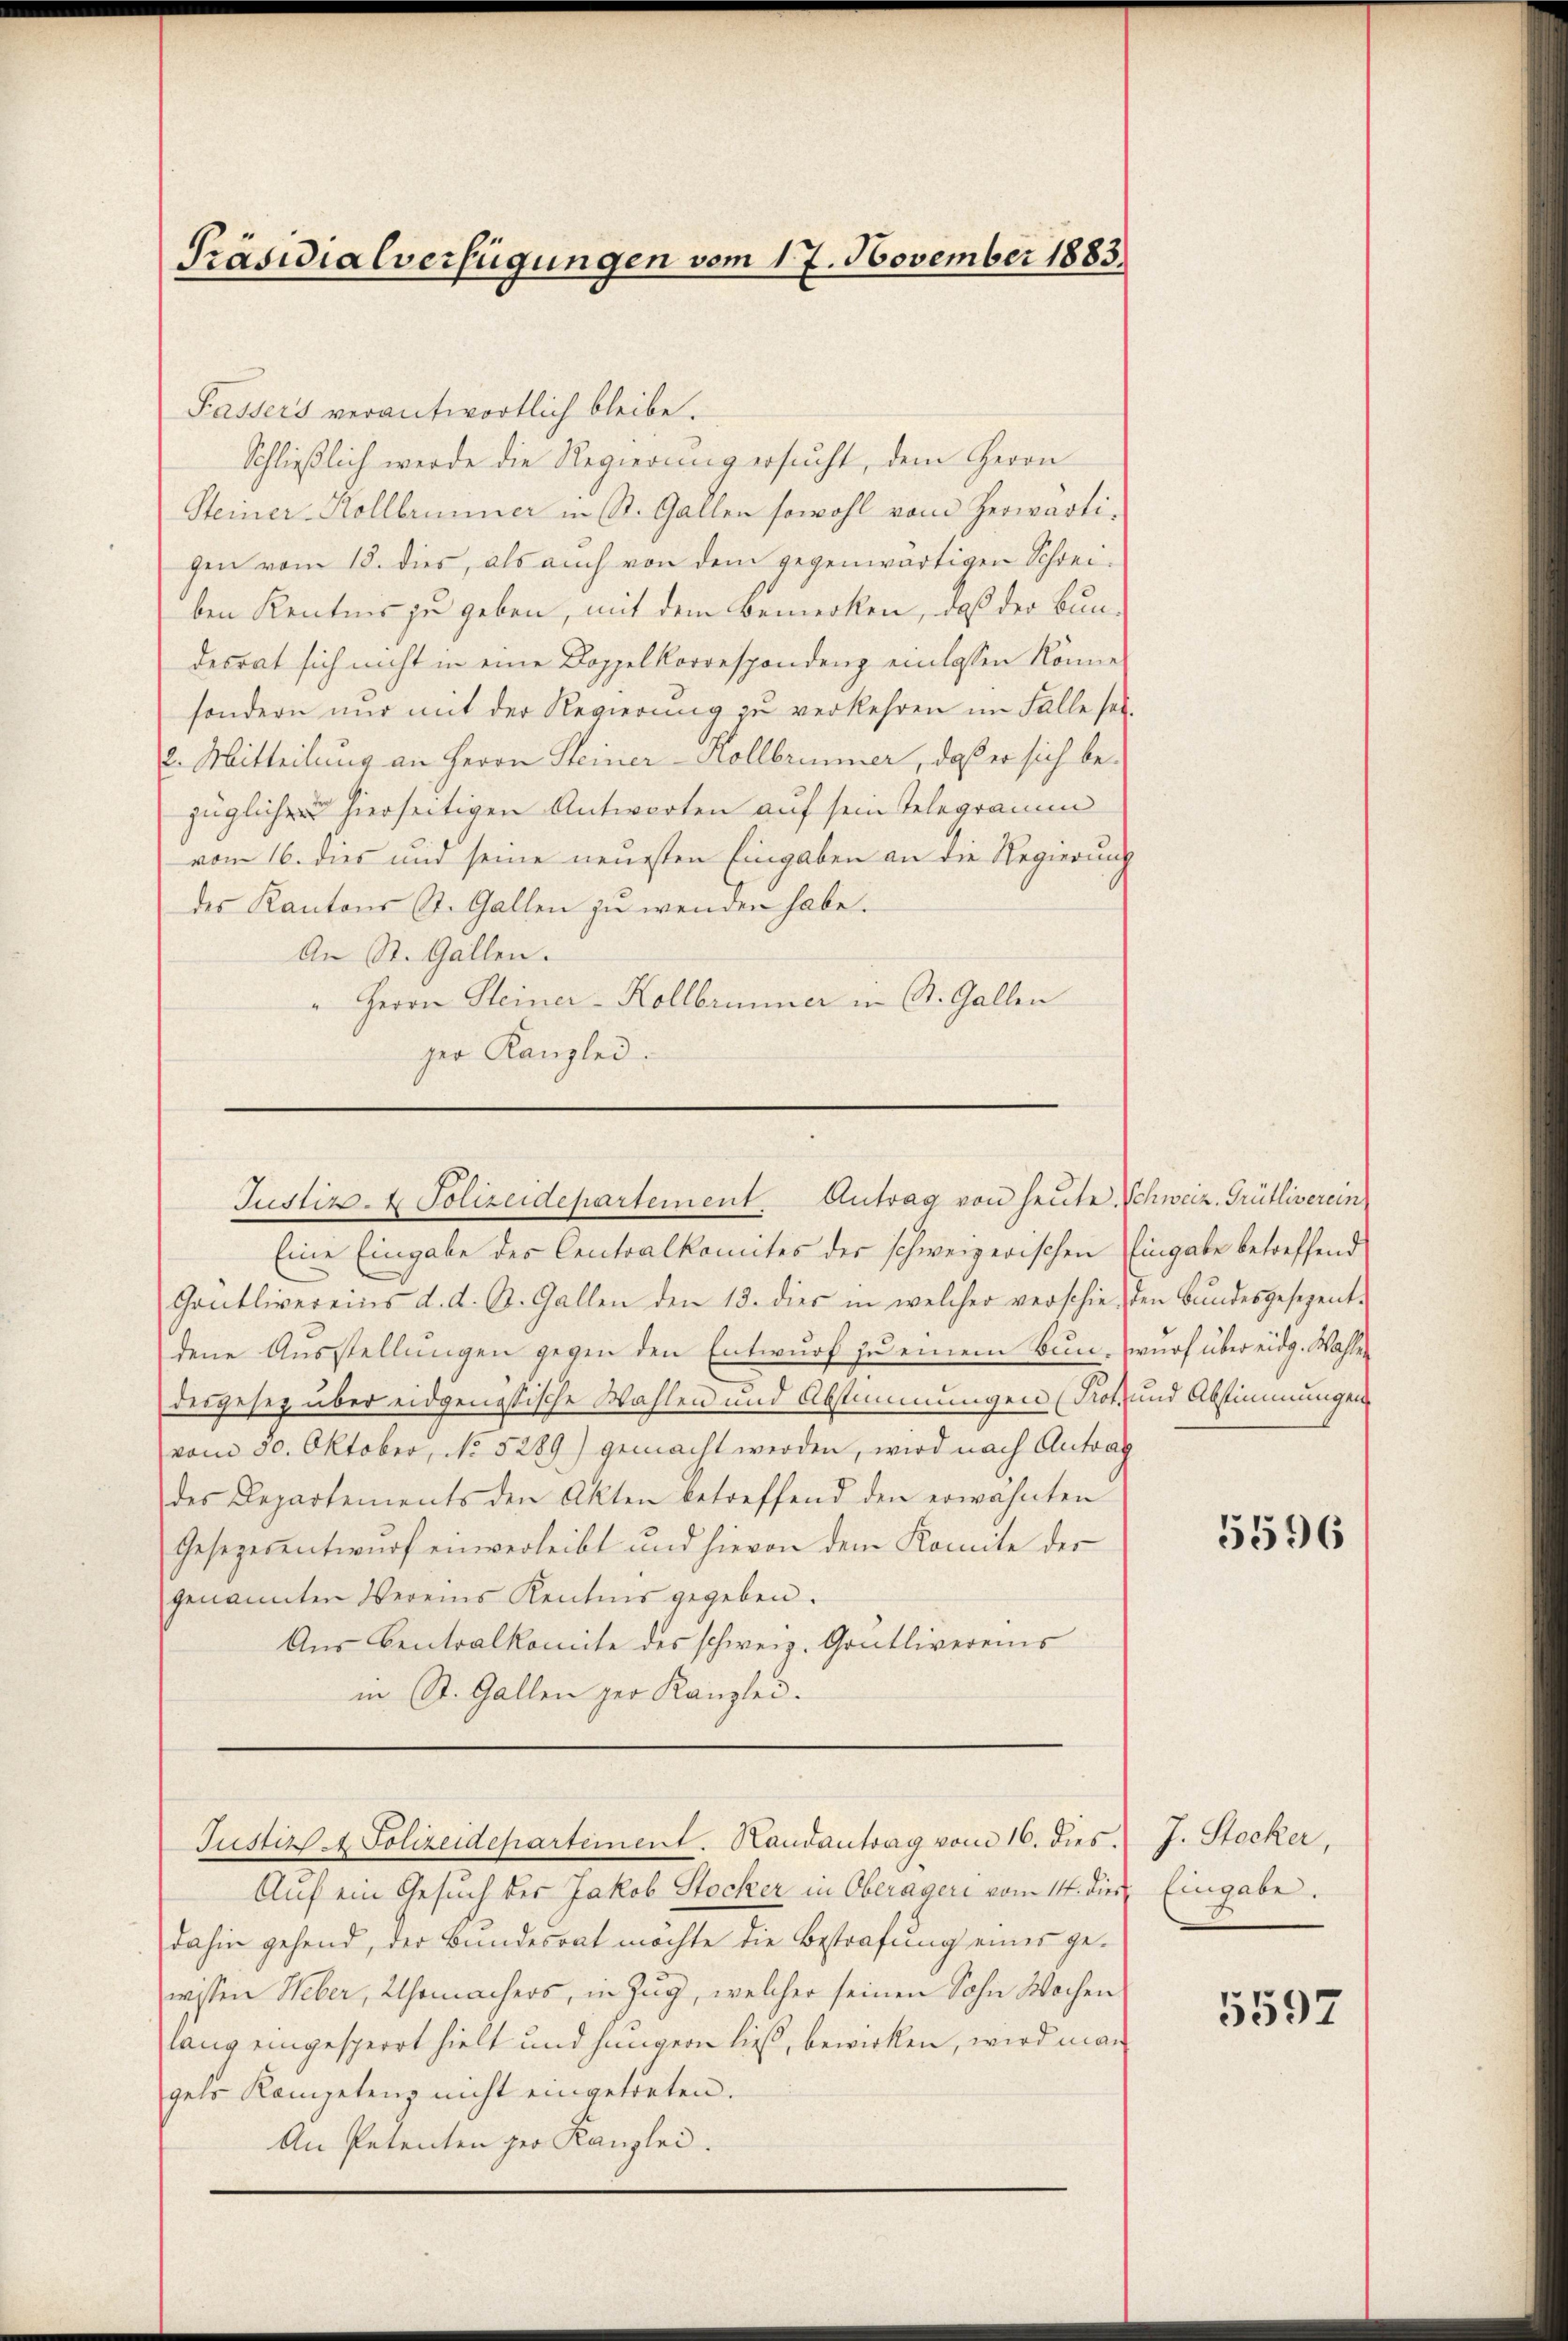
Präsidialverfügungen vom 17. November 1883

Passers verantwortlich bleibe.
Steiner-Kollbrunner in St. Gallen sowohl vom herwärtigen vom 18. dies, als auch von dem gegenwärtigen Schreiben Kentnis zu geben, mit dem Bemerken, daß der Bun-
desrat sich nicht in eine Doppelkorrespondenz einlassen könne
sondern nur mit der Regierung zu verkehren im Falle sei¬
2. Mitteilung an Herrn Steiner-Kollbrunner, daß er sich bezüglichen hierseitigen Antworten auf sein Telegramm
vom 16. dies und seine neuesten Eingaben an die Regierung
des Kantons St. Gallen zŭ wenden habe.
An St. Gallen.
" Herrn Steiner- Kollbrunner in St. Gallen
ger Kanzlei.

Schließlich werde die Regierung ersucht, dem Herrn

Justiz- & Polizeidepartement Antrag von heute Schweiz. Grütliverein

Eine Eingabe des Centralkomites der schweizerischen Eingabe betreffend
Gantlivereins d. d. St. Gallen den 13. dies in welcher verschieden Bŭndesgesezent-
dene Ausstellungen gegen den Entwurf zu einem Bun-wurf über eidg. Wahlen
desgesetz über eidgenössische Wahlen und Abstimmungen (Prot. und Abstimmungen
vom 30. Oktober, No. 5289) gemacht werden, wird nach Antrag
des Departements den Akten betreffend den erwähnten
Gesezerentwurf einverleibt und hievon dem Komite des
genannten Vereins Kenntnis gegeben.
Aus Centralkomite des schweiz. Grütlivereins
in St. Gallen zur Kanzlei.

Justiz & Polizeidepartement. Handantrag vom 16. dies.

Auf ein Gesuch der Jakob Stocker in Oberägeri vom 14. dies
dahin gehend, der Bundesrat möchte die Bestrafung eines gewissen Weber, Uhrmachers, in Zug, welcher seinen Sohn Wochen
lang eingesperrt hielt und hingern ließ, bewirken, wird man
gehe Kompetenz nicht eingetreten.
An Petenten her Kanzlei.

5596

J. Stocker,
Eingabe.

5597